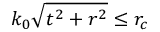
k _ { 0 } \sqrt { t ^ { 2 } + r ^ { 2 } } \leq r _ { c }